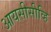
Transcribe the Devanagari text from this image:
आयसीसीव्हि